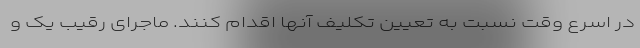
در اسرع وقت نسبت به تعیین تکلیف آنها اقدام کنند. ماجرای رقیب یک و